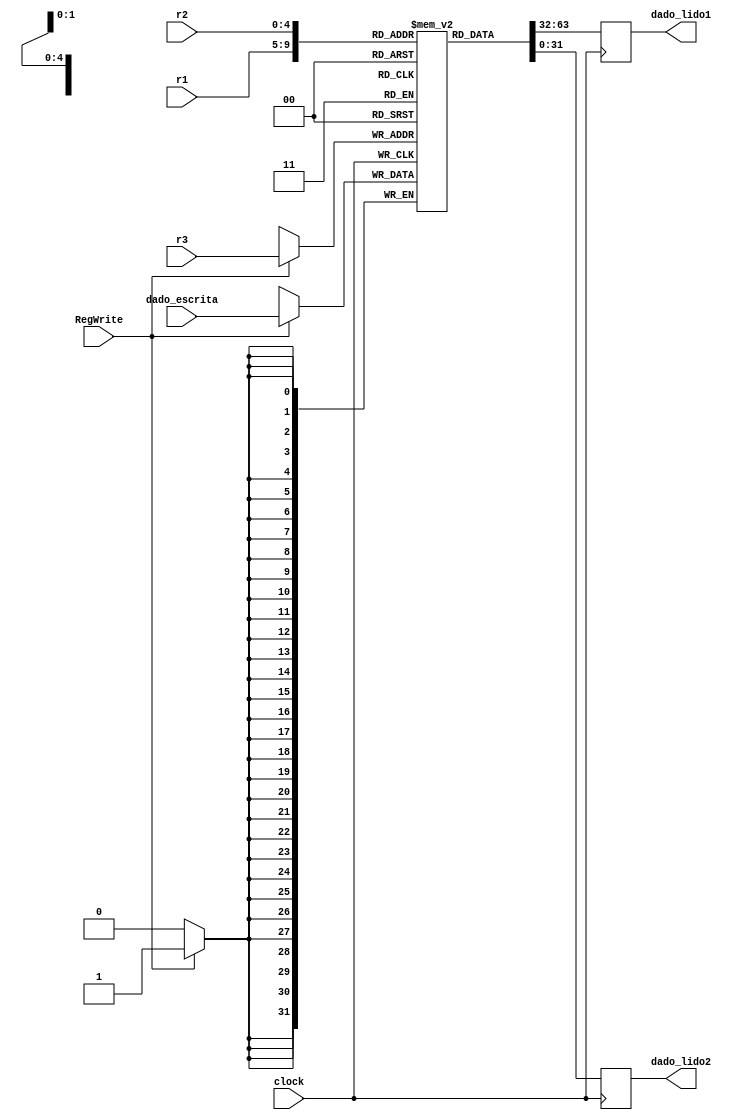
module banco_registradores(clock, RegWrite, r1, r2, r3, dado_escrita, dado_lido1, dado_lido2);

    input clock;
    input RegWrite;
    input [4:0]r1;
    input [4:0]r2;
    input [4:0]r3;
    input [31:0]dado_escrita;

    output reg [31:0]dado_lido1;
    output reg [31:0]dado_lido2;

    reg [31:0]registradores[31:0]; //mips possui 32 registradores todos com 32 bits 

    initial begin
    registradores[0] = 32'b00000000000000000000000000000000;
    registradores[1] = 32'b00000000000000000000000000000001;
    registradores[2] = 32'b00000000000000000000000000000010;
    registradores[3] = 32'b00000000000000000000000000000100;
    registradores[4] = 32'b00000000000000000000000000001000;
    registradores[5] = 32'b00000000000000000000000000010000;
    registradores[6] = 32'b00000000000000000000000000100000;
    registradores[7] = 32'b00000000000000000000000001000000;
    registradores[8] = 32'b00000000000000000000000010000000;
    registradores[9] = 32'b00000000000000000000000100000000;
    registradores[10] = 32'b00000000000000000000000100000001;    
    registradores[11] = 32'b00000000000000000000000100000010;
    registradores[12] = 32'b00000000000000000000000100000100;
    registradores[13] = 32'b00000000000000000000000100001000;
    registradores[14] = 32'b00000000000000000000000100010000;
    registradores[15] = 32'b00000000000000000000000100100000;
    registradores[16] = 32'b00000000000000000000000101000000;
    registradores[17] = 32'b00000000000000000000001110000000;
    registradores[18] = 32'b00000000000000000000000100000011;
    registradores[19] = 32'b00000000000000000000000100001100;
    registradores[20] = 32'b00000000000000000000000100011000;
    registradores[21] = 32'b00000000000000000000000101100000;
    registradores[22] = 32'b00000000000000000000000111100000;
    registradores[23] = 32'b00000000000000000000000100011110;
    registradores[24] = 32'b00000000000010000000000100000010;
    registradores[25] = 32'b00000000000010001000000100000000;
    registradores[26] = 32'b00000000000000011000000100000000;
    registradores[27] = 32'b00000000000000111000000100000000;
    registradores[28] = 32'b00000000000000000001000100000000;
    registradores[29] = 32'b00000000000000000011000100000000;
    registradores[30] = 32'b00000000000000000111000100000000;
    registradores[31] = 32'b00000000000000000001000100000000;
    end

    always @ (posedge clock)begin
      dado_lido1 = registradores[r1];
      dado_lido2 = registradores[r2];
    end

    always @ (negedge clock)begin
      if(RegWrite == 1)begin
        registradores[r3] = dado_escrita;
      end
    end
      
endmodule